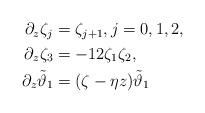
LaTeX: \begin{align*} \begin{aligned} \partial_z\zeta_j&=\zeta_{j+1}, j=0,1,2, \\ \partial_z\zeta_3&=-12\zeta_1\zeta_2, \\ \partial_z\tilde\vartheta_1&=(\zeta-\eta z)\tilde\vartheta_1 \end{aligned}\end{align*}